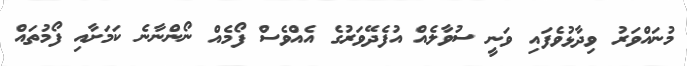
މުނައްވަރު ވިދާޅުވެފައި ވަނީ ސުވާލެއް އުފެދޭވަރުގެ އެއްވެސް ފޯމެއް ނޯންނާނެ ކަމަށާއި ފޯމުތައް